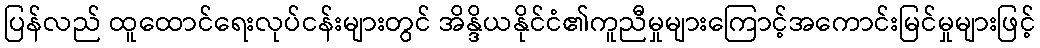
ပြန်လည် ထူထောင်ရေးလုပ်ငန်းများတွင် အိန္ဒိယနိုင်ငံ၏ကူညီမှုများကြောင့်အကောင်းမြင်မှုများဖြင့်